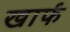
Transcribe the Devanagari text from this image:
खार्फ